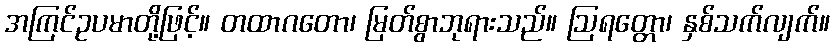
အကြင်ဥပမာတို့ဖြင့်။ တထာဂတော၊ မြတ်စွာဘုရားသည်။ ဩရတ္တော၊ နှစ်သက်လျက်။